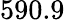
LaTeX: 590.9